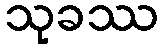
သုခဿ